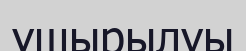
ұшырылуы